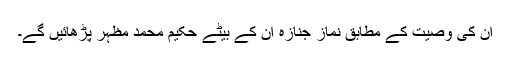
ان کی وصیت کے مطابق نماز جنازہ ان کے بیٹے حکیم محمد مظہر پڑھائیں گے۔